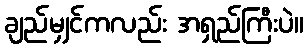
ချည်မျှင်ကလည်း အရှည်ကြီးပဲ။